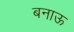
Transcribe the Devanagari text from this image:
बनाऊ